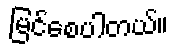
မြင်စေပါတယ်။